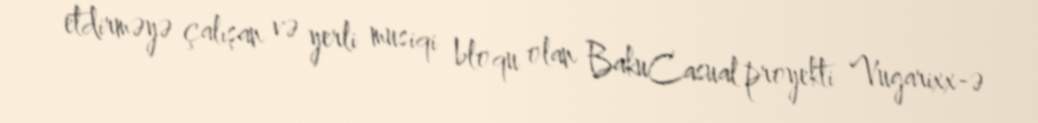
etdirməyə çalışan və yerli musiqi bloqu olan BakuCasual proyekti Vugarixx-ə